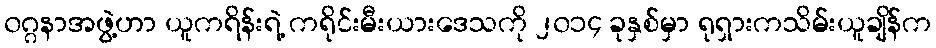
၀ဂ္ဂနာအဖွဲ့ဟာ ယူကရိန်းရဲ့ ကရိုင်းမီးယားဒေသကို ၂၀၁၄ ခုနှစ်မှာ ရုရှားကသိမ်းယူချိန်က